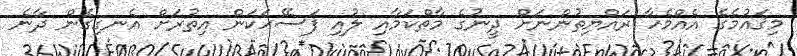
މިޤައުމެގެ އެއްމެހާ ރައްޔިތުންނަށް ދީނުގެ މާތްކަމާއި ލުއި ފަސޭހަކަން އިތުރަށް އެނގިގެން ދާނެ